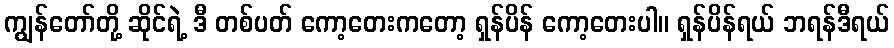
ကျွန်တော်တို့ ဆိုင်ရဲ့ ဒီ တစ်ပတ် ကော့တေးကတော့ ရှန်ပိန် ကော့တေးပါ။ ရှန်ပိန်ရယ် ဘရန်ဒီရယ်